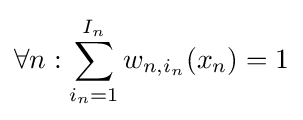
\forall n:\sum _{i_{n}=1}^{I_{n}}w_{n,i_{n}}(x_{n})=1